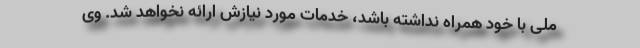
ملی با خود همراه نداشته باشد، خدمات مورد نیازش ارائه نخواهد شد. وی